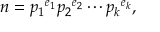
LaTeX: n = { p _ { 1 } } ^ { e _ { 1 } } { p _ { 2 } } ^ { e _ { 2 } } \cdots { p _ { k } } ^ { e _ { k } } ,